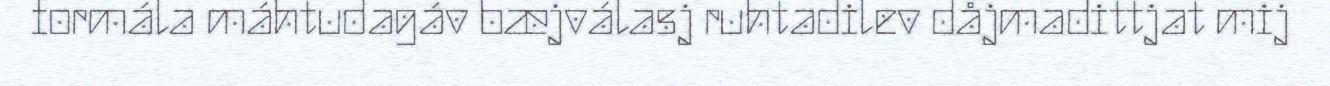
formála máhtudagáv bæjválasj ruhtadilev dåjmadittjat mij